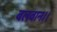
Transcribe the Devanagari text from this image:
बलवान।।